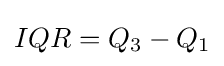
IQR=Q_{3}-Q_{1}